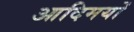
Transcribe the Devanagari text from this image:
आदिमयों